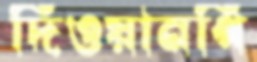
দিওয়ানগি